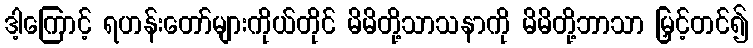
ဒါ့ကြောင့် ရဟန်းတော်များကိုယ်တိုင် မိမိတို့သာသနာကို မိမိတို့ဘာသာ မြှင့်တင်၍